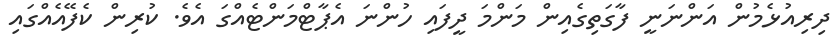
ދިރިއުޅެމުން އަންނަނީ ފާގަތިގެއިން މަންމަ ދީފައި ހުންނަ އެޕާޓްމަންޓެއްގަ އެވެ. ކުރިން ކެފޭއެއްގައި